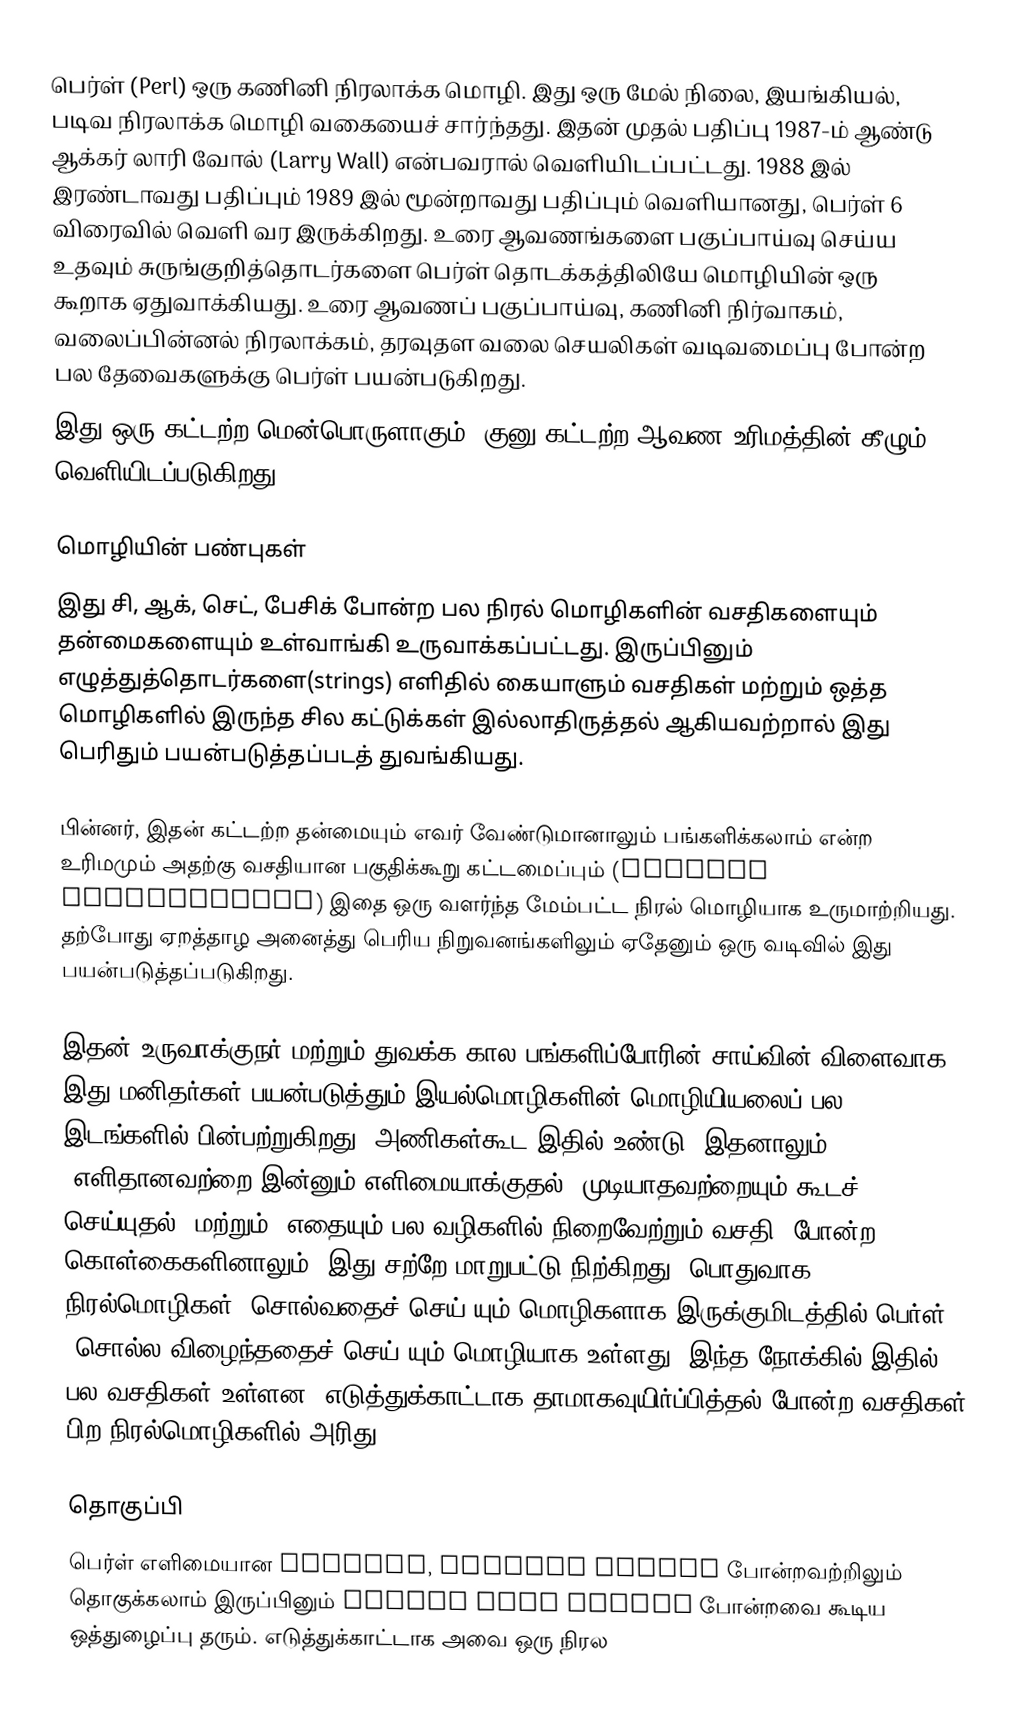
பெர்ள் (Perl) ஒரு கணினி நிரலாக்க மொழி. இது ஒரு மேல் நிலை, இயங்கியல், படிவ நிரலாக்க மொழி வகையைச் சார்ந்தது. இதன் முதல் பதிப்பு 1987-ம் ஆண்டு ஆக்கர் லாரி வோல் (Larry Wall) என்பவரால் வெளியிடப்பட்டது. 1988 இல் இரண்டாவது பதிப்பும் 1989 இல் மூன்றாவது பதிப்பும் வெளியானது, பெர்ள் 6 விரைவில் வெளி வர இருக்கிறது. உரை ஆவணங்களை பகுப்பாய்வு செய்ய உதவும் சுருங்குறித்தொடர்களை பெர்ள் தொடக்கத்திலியே மொழியின் ஒரு கூறாக ஏதுவாக்கியது.  உரை ஆவணப் பகுப்பாய்வு, கணினி நிர்வாகம், வலைப்பின்னல் நிரலாக்கம், தரவுதள வலை செயலிகள் வடிவமைப்பு போன்ற பல தேவைகளுக்கு பெர்ள் பயன்படுகிறது.
இது ஒரு கட்டற்ற மென்பொருளாகும். குனு கட்டற்ற ஆவண உரிமத்தின் கீழும் வெளியிடப்படுகிறது.

மொழியின் பண்புகள்
இது சி, ஆக், செட், பேசிக் போன்ற பல நிரல் மொழிகளின் வசதிகளையும் தன்மைகளையும் உள்வாங்கி உருவாக்கப்பட்டது. இருப்பினும் எழுத்துத்தொடர்களை(strings) எளிதில் கையாளும் வசதிகள் மற்றும் ஒத்த மொழிகளில் இருந்த சில கட்டுக்கள் இல்லாதிருத்தல் ஆகியவற்றால் இது பெரிதும் பயன்படுத்தப்படத் துவங்கியது.

பின்னர், இதன் கட்டற்ற தன்மையும் எவர் வேண்டுமானாலும் பங்களிக்கலாம் என்ற உரிமமும் அதற்கு வசதியான பகுதிக்கூறு கட்டமைப்பும் (modular architecture) இதை ஒரு வளர்ந்த மேம்பட்ட நிரல் மொழியாக உருமாற்றியது. தற்போது ஏறத்தாழ அனைத்து பெரிய நிறுவனங்களிலும் ஏதேனும் ஒரு வடிவில் இது பயன்படுத்தப்படுகிறது.

இதன் உருவாக்குநர் மற்றும் துவக்க கால பங்களிப்போரின் சாய்வின் விளைவாக இது மனிதர்கள் பயன்படுத்தும் இயல்மொழிகளின் மொழியியலைப் பல இடங்களில் பின்பற்றுகிறது. அணிகள்கூட இதில் உண்டு! இதனாலும், "எளிதானவற்றை இன்னும் எளிமையாக்குதல், முடியாதவற்றையும் கூடச் செய்யுதல்" மற்றும் "எதையும் பல வழிகளில் நிறைவேற்றும் வசதி" போன்ற கொள்கைகளினாலும், இது சற்றே மாறுபட்டு நிற்கிறது. பொதுவாக நிரல்மொழிகள் "சொல்வதைச் செய்"யும் மொழிகளாக இருக்குமிடத்தில் பெர்ள் "சொல்ல விழைந்ததைச் செய்"யும் மொழியாக உள்ளது. இந்த நோக்கில் இதில் பல வசதிகள் உள்ளன. எடுத்துக்காட்டாக தாமாகவுயிர்ப்பித்தல் போன்ற வசதிகள் பிற நிரல்மொழிகளில் அரிது.

தொகுப்பி
பெர்ள் எளிமையான notepad, Crimson Editor போன்றவற்றிலும் தொகுக்கலாம் இருப்பினும் DzSoft Perl Editor போன்றவை கூடிய ஒத்துழைப்பு தரும். எடுத்துக்காட்டாக அவை ஒரு நிரல